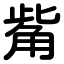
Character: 觜